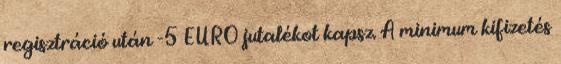
regisztráció után -5 EURO jutalékot kapsz. A minimum kifizetés